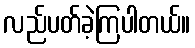
လည်ပတ်ခဲ့ကြပါတယ်။